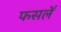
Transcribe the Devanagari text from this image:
फसलेँ